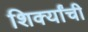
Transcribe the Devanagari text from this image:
शिर्क्यांची